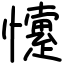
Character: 懥